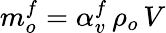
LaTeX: m_{o}^{f}=\alpha_{v}^{f}\, \rho_{o}\, V